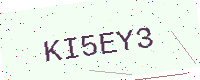
Text: KI5EY3